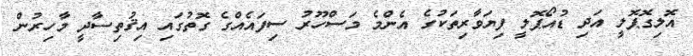
އޮލިގޮޕޮލީ އަދި ޑުއޯޕޮލީ ފިޔަވާރިތަކުގެ އެންމެ މަސްހޫރު ސިފައެއްގެ ގޮތުގައި އިޤުތިސާދީ މާހިރުން